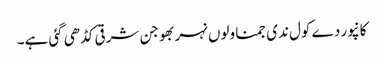
کانپور دے کول ندی جمنا ولوں نہر بھوجن شرقی کڈھی گئی ہے۔